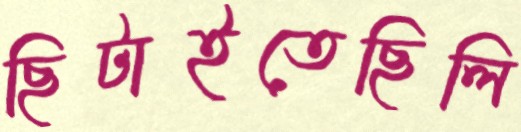
ছিটাইতেছিলি